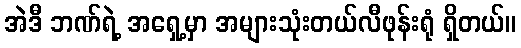
အဲဒီ ဘဏ်ရဲ့ အရှေ့မှာ အများသုံးတယ်လီဖုန်းရုံ ရှိတယ်။